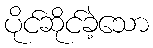
ပိုင်ဆိုင်ခဲ့သော